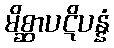
မိစ္ဆာပဋိပန္နံ